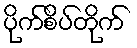
ပိုက်စိပ်တိုက်